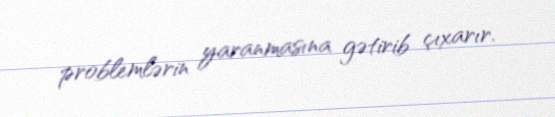
problemlərin yaranmasına gətirib çıxarır.